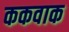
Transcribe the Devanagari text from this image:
ककवाक